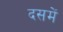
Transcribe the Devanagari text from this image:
दसमें